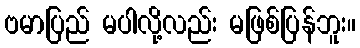
ဗမာပြည် မပါလို့လည်း မဖြစ်ပြန်ဘူး။